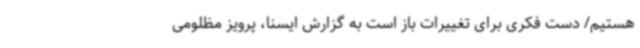
هستیم/ دست فکری برای تغییرات باز است به گزارش ایسنا، پرویز مظلومی